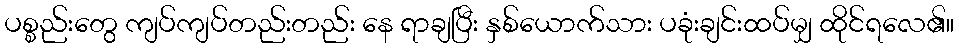
ပစ္စည်းတွေ ကျပ်ကျပ်တည်းတည်း နေ ရာချပြီး နှစ်ယောက်သား ပခုံးချင်းထပ်မျှ ထိုင်ရလေ၏။